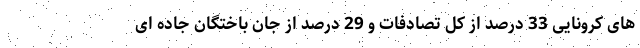
های کرونایی 33 درصد از کل تصادفات و 29 درصد از جان باختگان جاده ای